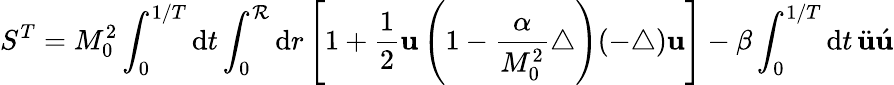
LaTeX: S^{T}=M_{0}^{2}\int_{0}^{1/T}\mathrm{d}t\int_{0}^{\mathcal{R}}\mathrm{d}r\left[1+\frac{{1}}{{2}}{\mathbf{u}}\left(1-\frac{{\alpha}}{{M_{0}^{2}}}\triangle\right)(-\triangle){\mathbf{u}}\right]-\beta\int_{0}^{1/T}\mathrm{d}t\, \ddot{{\mathbf{u}}}\acute{{\mathbf{u}}}